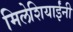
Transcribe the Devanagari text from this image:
मिलेशियाईंनी